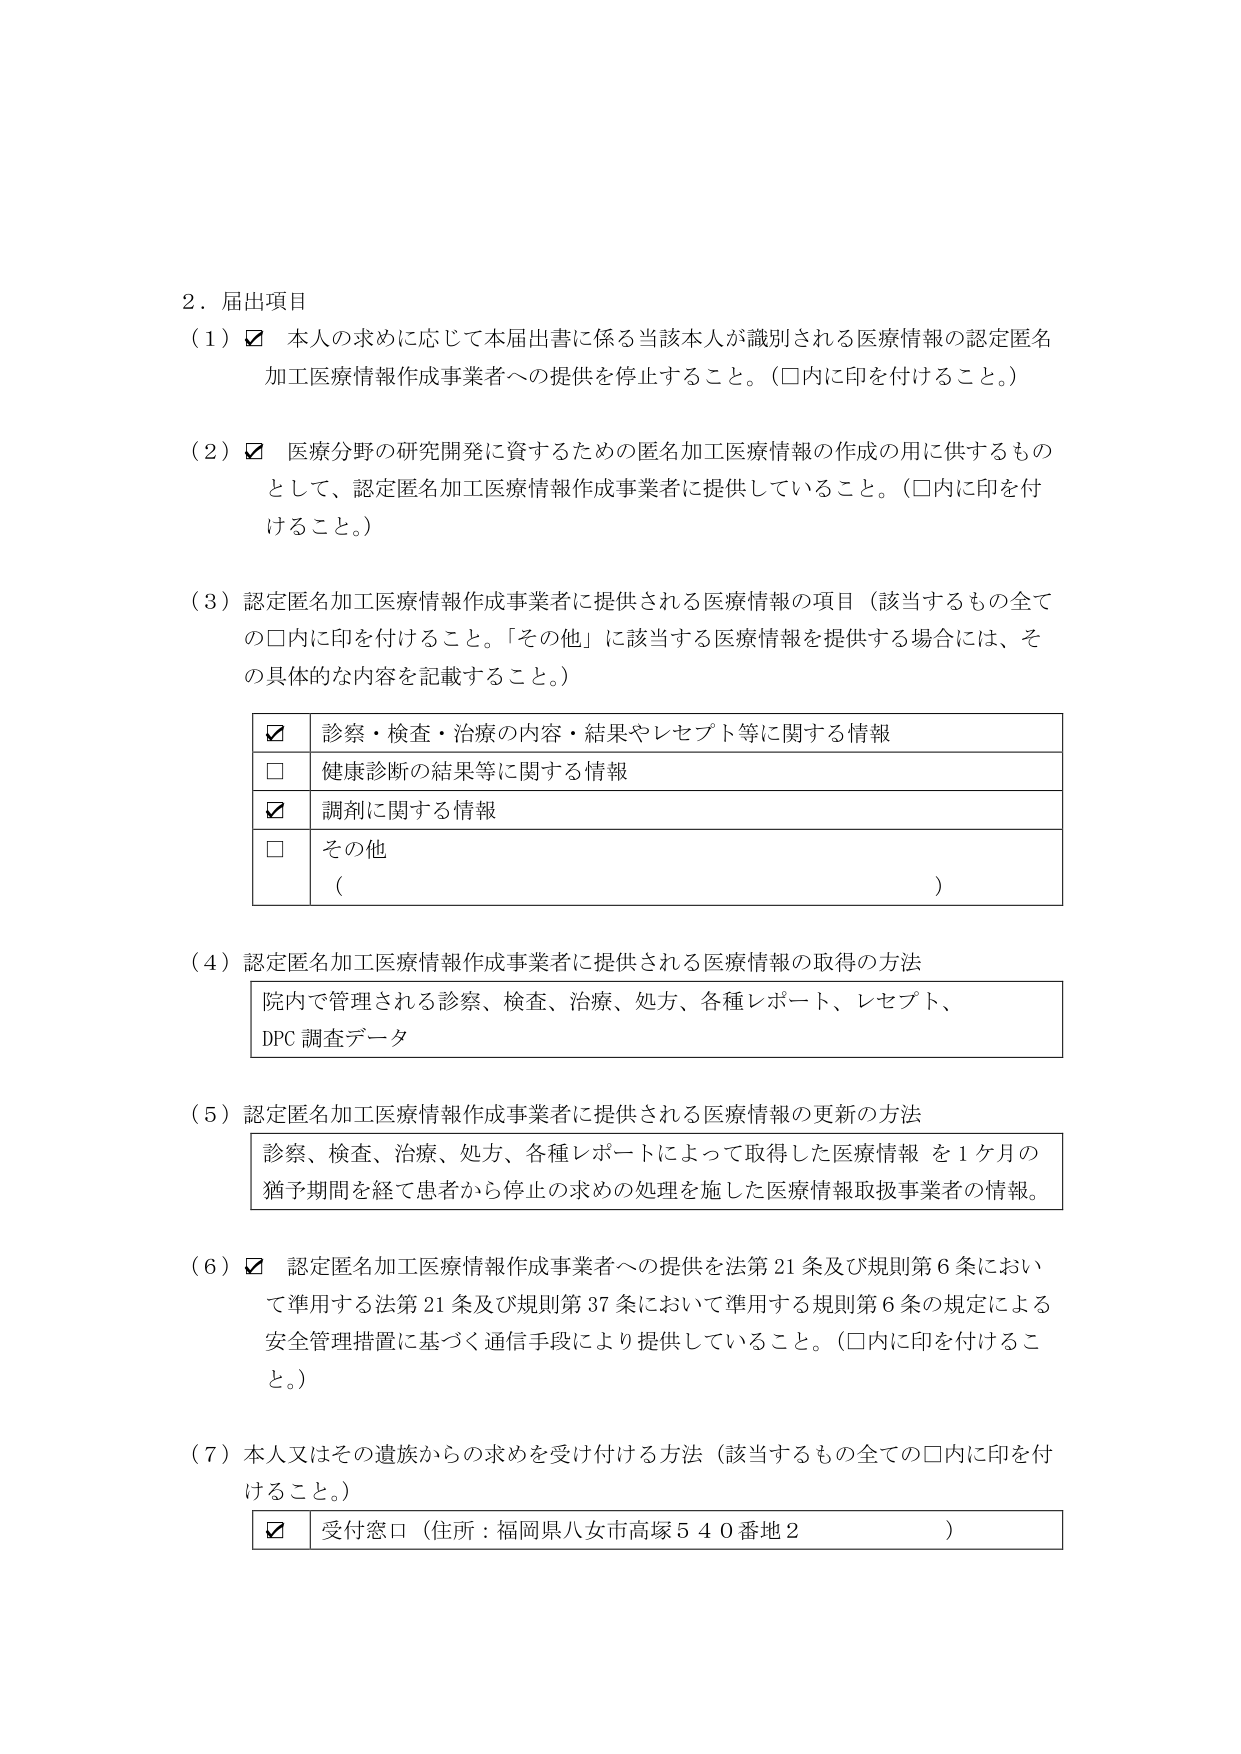
2．届出項目
（1）☑ 本人の求めに応じて本届出書に係る当該本人が識別される医療情報の認定匿名加工医療情報作成事業者への提供を停止すること。（□内に印を付けること。）

（2）☑ 医療分野の研究開発に資するための匿名加工医療情報の作成の用に供するものとして、認定匿名加工医療情報作成事業者に提供していること。（□内に印を付けること。）

（3）認定匿名加工医療情報作成事業者に提供される医療情報の項目（該当するもの全ての□内に印を付けること。「その他」に該当する医療情報を提供する場合には、その具体的な内容を記載すること。）

☑ 診察・検査・治療の内容・結果やレセプト等に関する情報
□ 健康診断の結果等に関する情報
☑ 調剤に関する情報
□ その他
（ ）

（4）認定匿名加工医療情報作成事業者に提供される医療情報の取得の方法
院内で管理される診察、検査、治療、処方、各種レポート、レセプト、DPC調査データ

（5）認定匿名加工医療情報作成事業者に提供される医療情報の更新の方法
診察、検査、治療、処方、各種レポートによって取得した医療情報を1ヶ月の猶予期間を経て患者から停止の求めの処理を施した医療情報取扱事業者の情報。

（6）☑ 認定匿名加工医療情報作成事業者への提供を法第21条及び規則第6条において準用する法第21条及び規則第37条において準用する規則第6条の規定による安全管理措置に基づく通信手段により提供していること。（□内に印を付けること。）

（7）本人又はその遺族からの求めを受け付ける方法（該当するもの全ての□内に印を付けること。）
☑ 受付窓口（住所：福岡県八女市高塚540番地2 ）